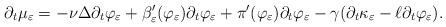
LaTeX: \begin{align*} \partial_t \mu_{\varepsilon}= - \nu \Delta \partial_t \varphi_{\varepsilon} + \beta'_{\varepsilon}(\varphi_{\varepsilon}) \partial_t \varphi_{\varepsilon} + \pi'(\varphi_{\varepsilon})\partial_t \varphi_{\varepsilon} - \gamma (\partial_t \kappa_{\varepsilon} - \ell \partial_t \varphi_{\varepsilon}).\end{align*}